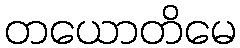
တယောတိမေ